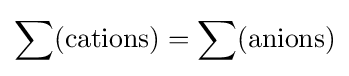
\sum ({\text{cations}})=\sum ({\text{anions}})